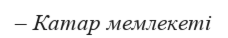
– Катар мемлекеті